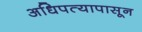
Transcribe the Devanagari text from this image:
अधिपत्यापासून